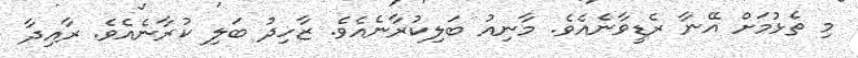
މި ތެޅުމަށް އޭނާ ރެޑީވާނެއެވެ. މާނިއު ބަލިކުރާނެއެވެ. ޒާހިދު ބަލި ކުރާނެއެވެ. ރާއިދާ